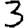
Digit: 3